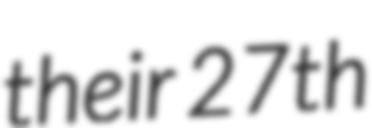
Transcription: their 27th